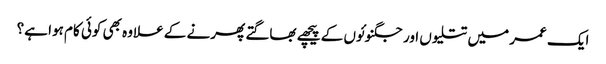
ایک عمر میں تتلیوں اور جگنوئوں کے پیچھے بھاگتے پھرنے کے علاوہ بھی کوئی کام ہوا ہے؟